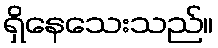
ရှိနေသေးသည်။